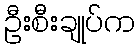
ဦးစီးချုပ်က